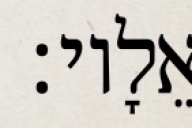
אֵלָיו׃